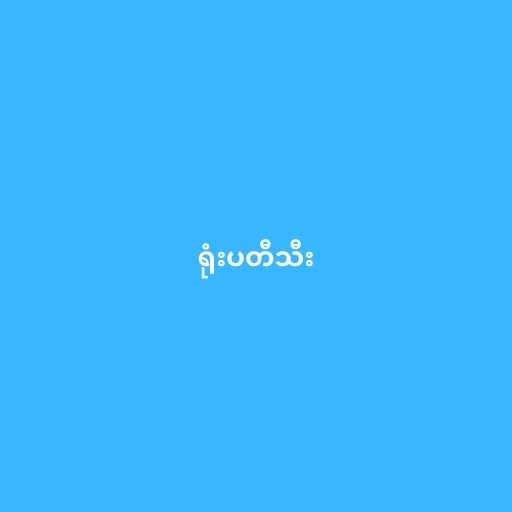
ရုံးပတီသီး